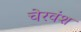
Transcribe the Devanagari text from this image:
चेरवंश